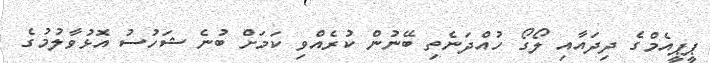
ޕީޕީއެމްގެ ދިދައާއި ލޯގޯ ހުއްދަނެތި ބޭނުން ކުރެއްވި ކަމަށް ބުނެ ޝަހުސު އޮޅުވާލުމުގެ